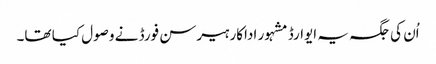
اُن کی جگہ یہ ایوارڈ مشہور اداکار ہیرسن فورڈ نے وصول کیا تھا۔